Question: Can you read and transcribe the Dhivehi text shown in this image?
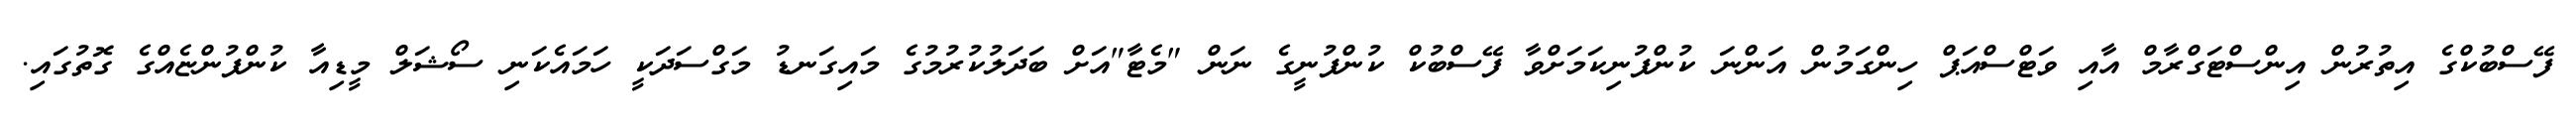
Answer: ފޭސްބުކްގެ އިތުރުން އިންސްޓަގްރާމް އާއި ވަޓްސްއަޕް ހިންގަމުން އަންނަ ކުންފުނިކަމަށްވާ ފޭސްބުކް ކުންފުނީގެ ނަން "މެޓާ"އަށް ބަދަލުކުރުމުގެ މައިގަނޑު މަގްސަދަކީ ހަމައެކަނި ސޯޝަލް މީޑިއާ ކުންފުންޏެއްގެ ގޮތުގައި.